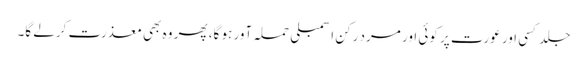
جلد کسی اور عورت پر کوئی اور مرد رکن اسمبلی حملہ آور ہو گا، پھر وہ بھی معذرت کرلے گا۔